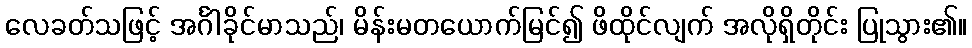
လေခတ်သဖြင့် အင်္ဂါခိုင်မာသည်၊ မိန်းမတယောက်မြင်၍ ဖိထိုင်လျက် အလိုရှိတိုင်း ပြုသွား၏။